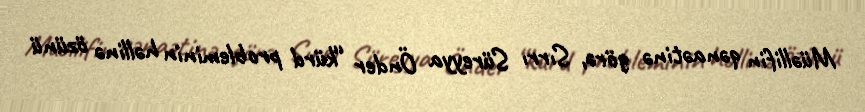
Müəllifin qənaətinə görə, Sırrı Süreyya Önder “kürd probleminin həllinə özünü